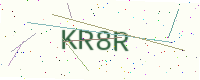
Text: KR8R